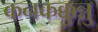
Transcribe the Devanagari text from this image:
कनकक्कुन्नु